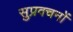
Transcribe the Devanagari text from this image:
सुप्रवचनों